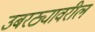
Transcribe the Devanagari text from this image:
उबरठ्यावरील